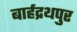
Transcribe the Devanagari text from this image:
बार्हद्रथपुर